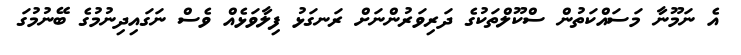
އެ ނަމޫނާ މަސައްކަތުން ސްކޫލްތަކުގެ ދަރިވަރުންނަށް ރަނގަޅު ފިލާވަޅެއް ވެސް ނަގައިދިނުމުގެ ބޭނުމުގަ